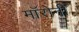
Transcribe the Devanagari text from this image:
मॉरोनी